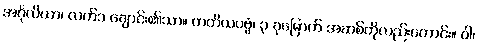
အင်္ဂုလိယာ၊ လက်၁ ချောင်း၏သာ။ တတိယပဗ္ဗံ၊ ၃ ခုမြောက် အဆစ်ကိုလည်းကောင်း။ ဝါ၊